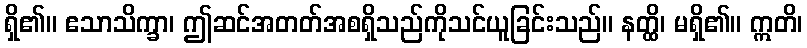
ရှိ၏။ ဧသာသိက္ခာ၊ ဤဆင်အတတ်အစရှိသည်ကိုသင်ယူခြင်းသည်။ နတ္ထိ၊ မရှိ၏။ ဣတိ၊